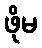
ဖိုမ